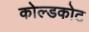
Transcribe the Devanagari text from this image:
कोल्डकोट